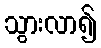
သွားလာ၍